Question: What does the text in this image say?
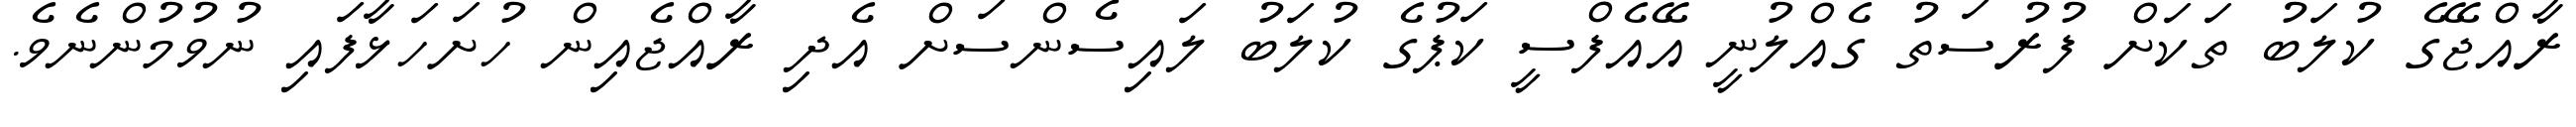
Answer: ރާއްޖޭގެ ކުލަބު ތަކަށް ފުރުސަތު ގެއްލުނީ އޭއެފްސީ ކަޕުގެ ކުލަބު ލައިސެންސަށް އެދި ރާއްޖެއިން ހުށަހަޅާފައި ނުވުމުންނެވެ.